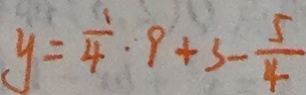
y = \frac { 1 } { 4 } \cdot 9 + 3 - \frac { 5 } { 4 }